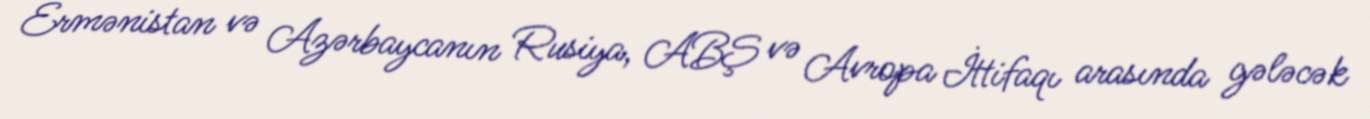
Ermənistan və Azərbaycanın Rusiya, ABŞ və Avropa İttifaqı arasında gələcək